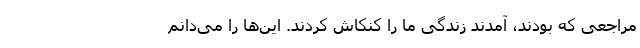
مراجعی که بودند، آمدند زندگی ما را کنکاش کردند. این‌ها را می‌دانم